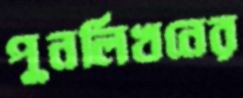
পুনর্লিখনের